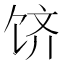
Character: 𬲶